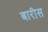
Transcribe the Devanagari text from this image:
बारीस